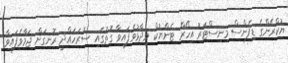
ޔުކްރޭންގެ ޑިފެންސް މިނިސްޓަރު އިހޯރް ޓެންޔުކް ވިދާޅުވެފައިވާ ގޮތުގައި ސަރަހައްދީ ރޮނގަށް ޖަމާވެފައިވާ